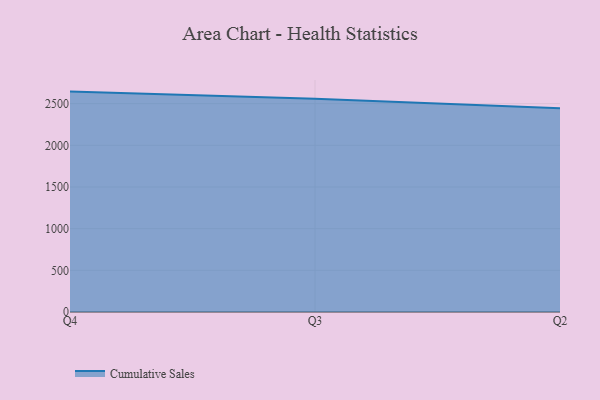
{"axis": {"x": "Quarter", "y": "Inventory Turnover"}, "legend": ["Cumulative Sales"], "data": [{"x": "Q4", "y": 2644.2, "type": "Cumulative Sales"}, {"x": "Q3", "y": 2559.4, "type": "Cumulative Sales"}, {"x": "Q2", "y": 2444.8, "type": "Cumulative Sales"}]}